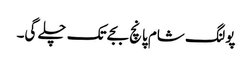
پولنگ شام پانچ بجے تک چلے گی۔